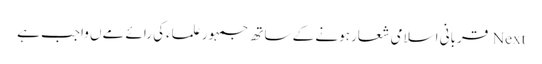
Next قربانی اسلامی شعار ہونے کے ساتھ جمہور علماءکی رائے مےں واجب ہے